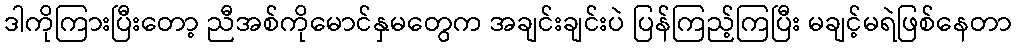
ဒါကိုကြားပြီးတော့ ညီအစ်ကိုမောင်နှမတွေက အချင်းချင်းပဲ ပြန်ကြည့်ကြပြီး မချင့်မရဲဖြစ်နေတာ